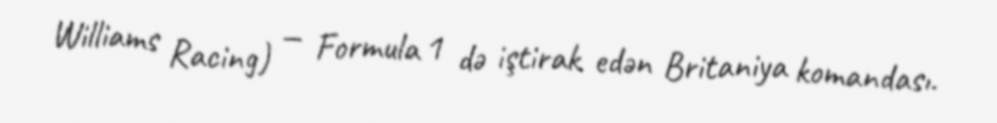
Williams Racing) — Formula 1 də iştirak edən Britaniya komandası.